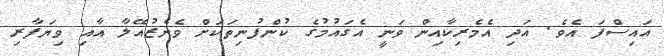
އައިސްފަ އެވެ. އަދި އެމެރިކާއިން ވަނީ އެގައުމުގެ ކުންފުނިތަކަށް ވެނެޒުއޭލާ އާއި ވިޔަފާރި